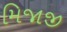
મિજાજી